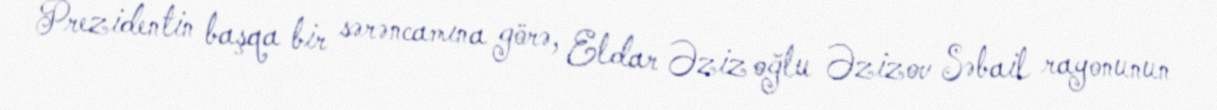
Prezidentin başqa bir sərəncamına görə, Eldar Əziz oğlu Əzizov Səbail rayonunun